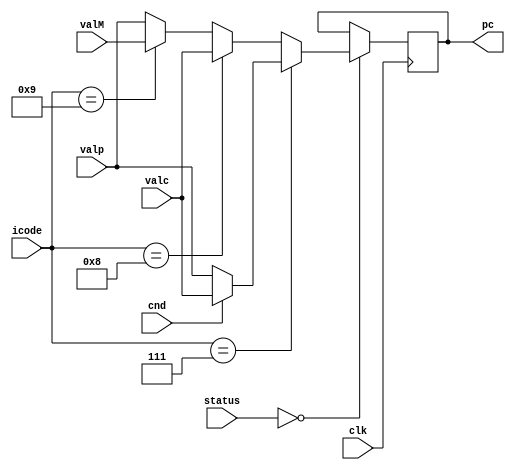
module pcupdate (pc, clk, valp,valc,valM,status,cnd,icode); // creating the program counter updating module.

output reg signed [63:0] pc;  // program counter variable

input clk;                                 //
input [3:0] icode;                         //
input cnd;                                 //  Decrlaring input and output variables.
input [1:0] status;                        //
input signed [63:0] valp,valc,valM;        //


initial 
begin
    pc <= 64'h0;  // setting program counter to 0 on initialization as instructions will start form address 0x00 (generally).
end

always@(negedge(clk))
begin

    // $display("pc_old = %h" ,pc);
    if(status == 0)               // performing respective assignment of pc to either valc, valM or valp based on conditions.
    begin
        if(icode == 4'h7)
        begin
            if(cnd == 1)
            begin
                pc = valc;
            end
            else
            begin
                pc = valp;
            end
        end
        else if(icode == 4'h8)
        begin
            pc = valc;
        end
        else if(icode == 4'h9)
        begin
            pc = valM;
        end
        else
        begin
            pc = valp;
        end
    end

    // if status == 1, the program counter will not be incremented.
    // $display("pc = %h",pc);

end

endmodule